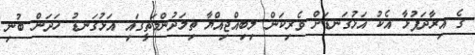
ގެ އިރާދަފުޅާ އެކު އަޅުގަނޑަށް ވެރިކަން ލިބިއްޖިއްޔާ ތިލަދުންމަތީގައި އަޅުގަނޑު ހަދަން ބުނި